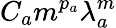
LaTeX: C_{a}m^{p_{a}}\lambda_{a}^{m}